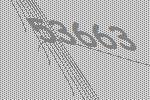
53663